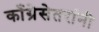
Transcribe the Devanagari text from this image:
काँग्रेसेतरांनी